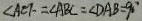
\angle A E F = \angle A B C = \angle D A B = 9 0 ^ { \circ }